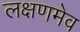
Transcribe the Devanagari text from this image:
लक्षणमेव